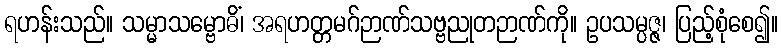
ရဟန်းသည်။ သမ္မာသမ္ဗောဓိံ၊ အရဟတ္တမဂ်ဉာဏ်သဗ္ဗညုတဉာဏ်ကို။ ဥပသမ္ပဇ္ဇ၊ ပြည့်စုံစေ၍။